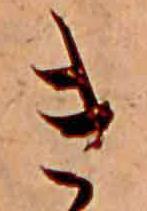
き